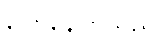
ပြောနေကြသည်။